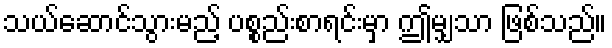
သယ်ဆောင်သွားမည့် ပစ္စည်းစာရင်းမှာ ဤမျှသာ ဖြစ်သည်။